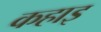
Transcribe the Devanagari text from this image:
कहाइ